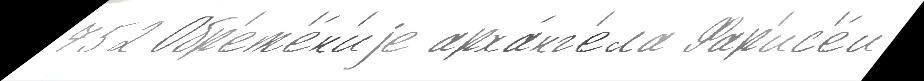
752 Обр'ет'е́н'иjе арха́нг'ела Фар'ис'е́и